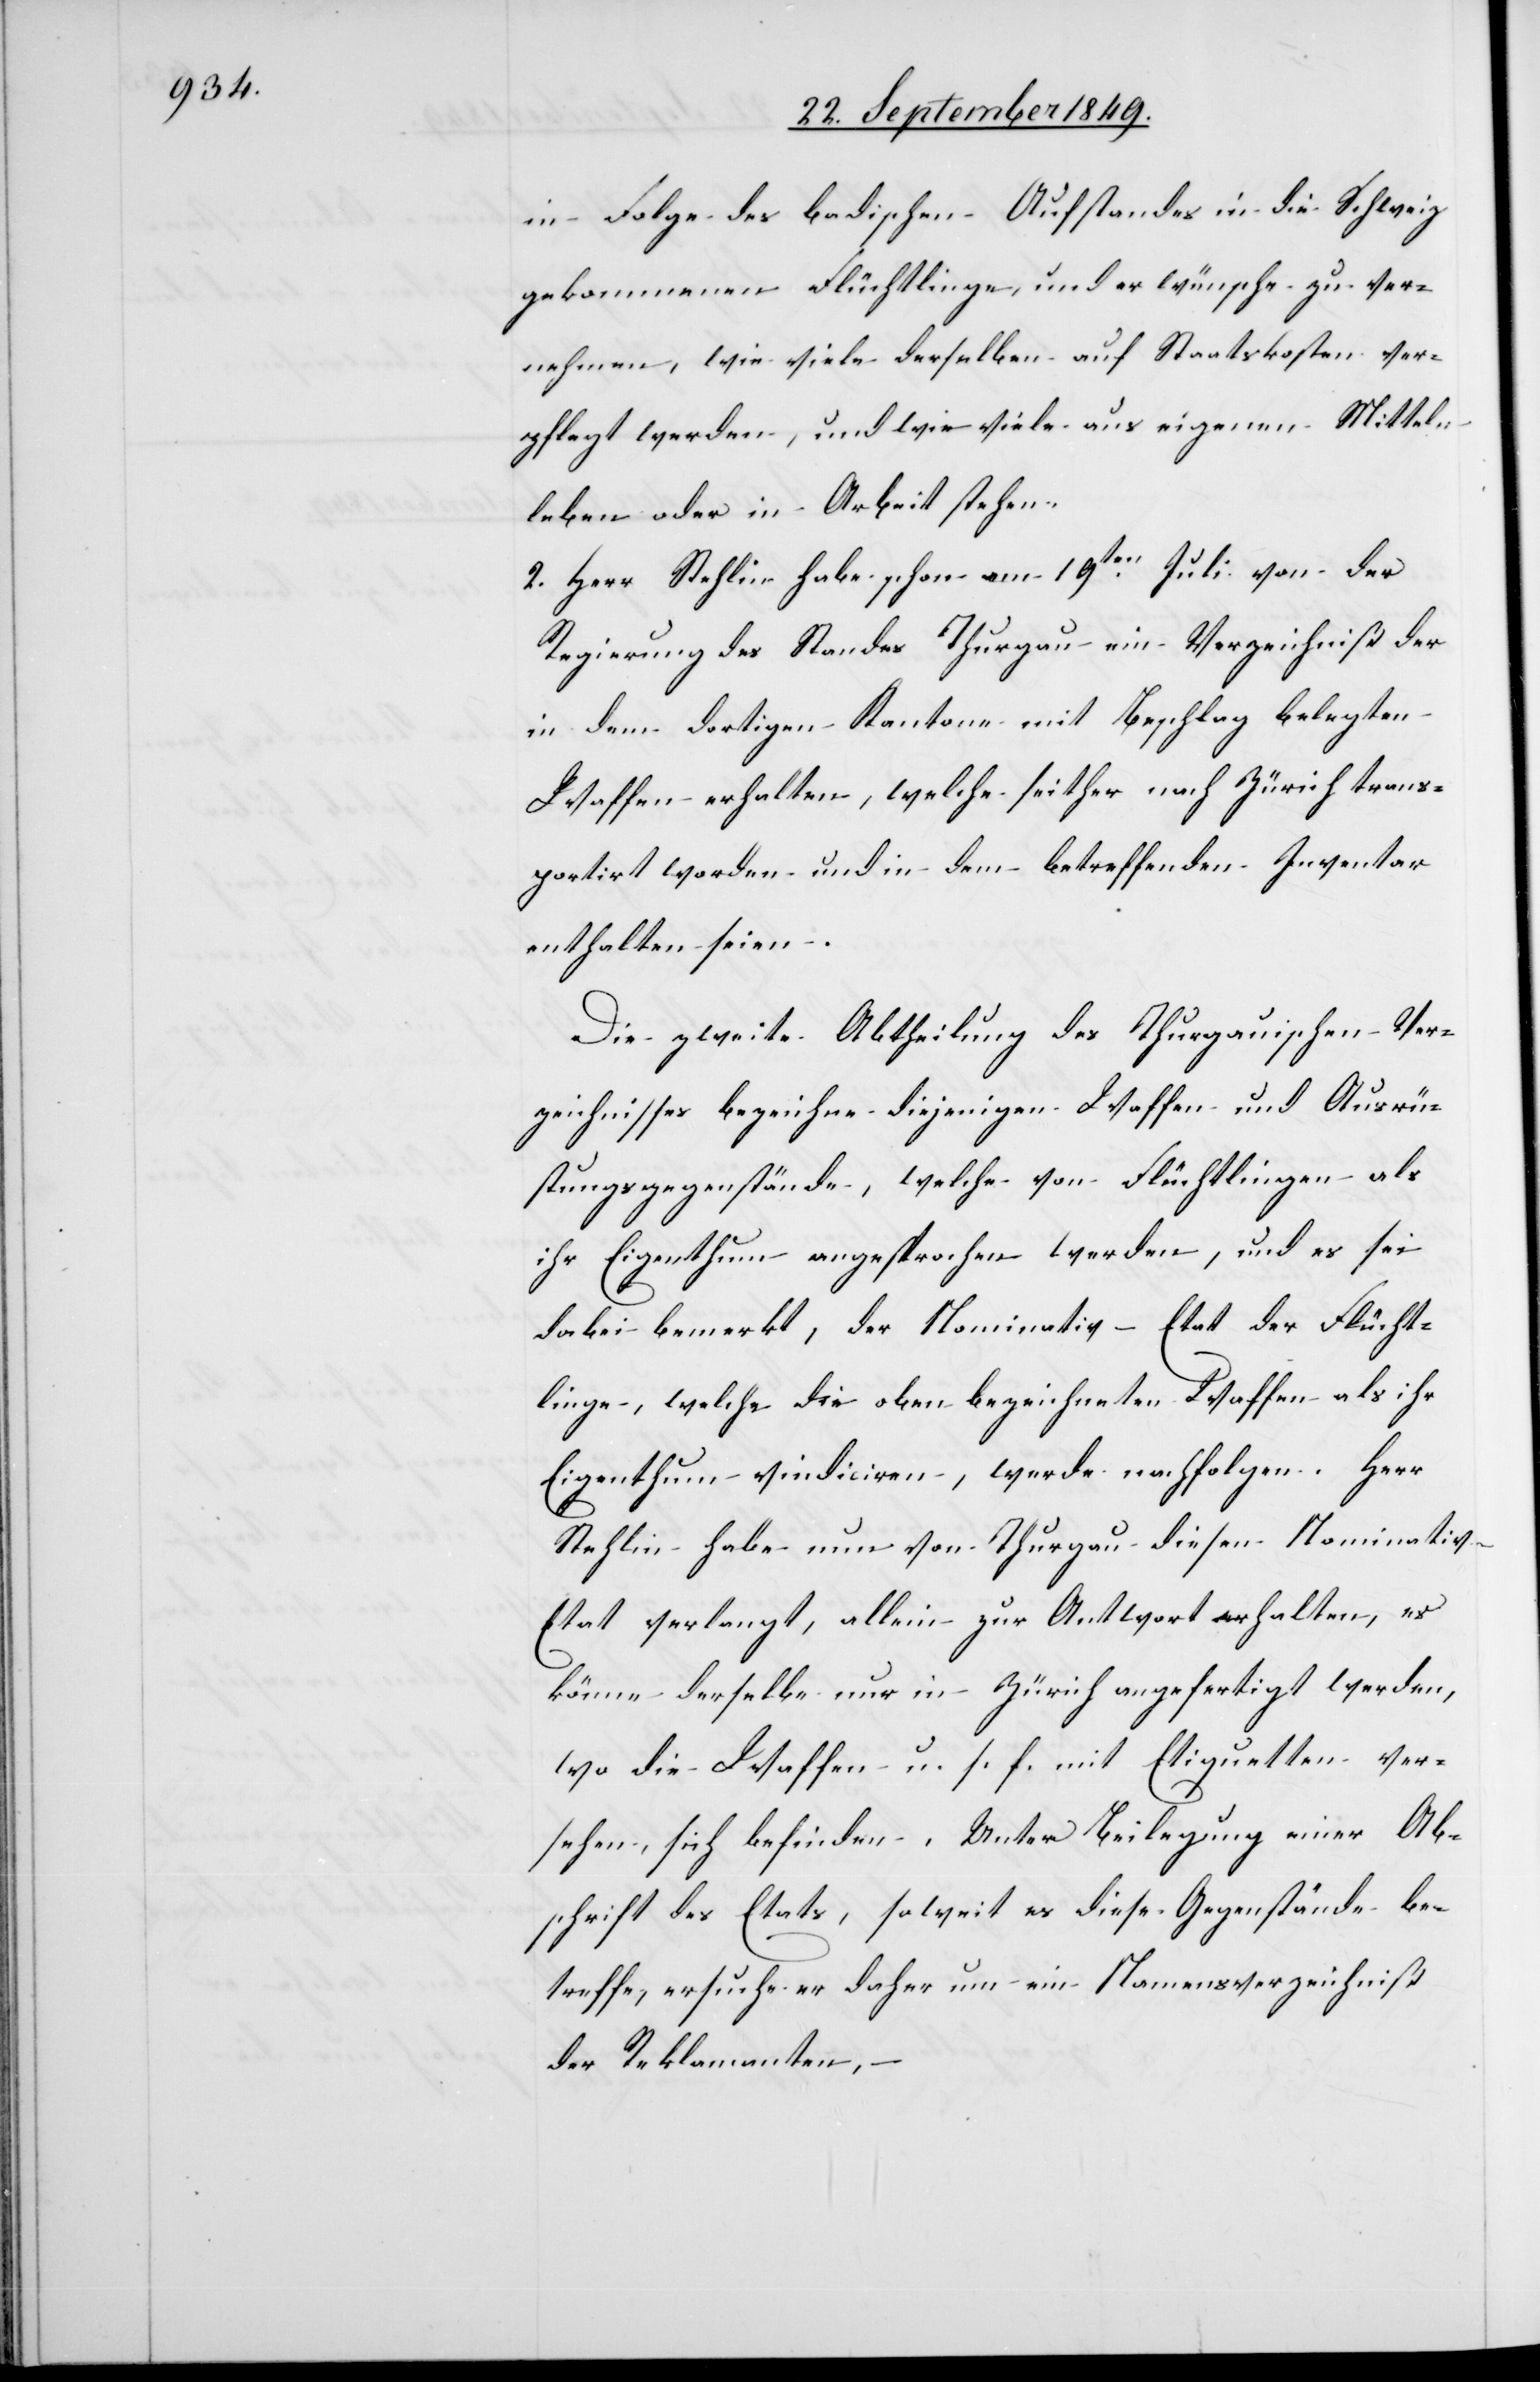
in Folge des badischen Aufstandes in die Schweiz
gekommenen Flüchtlinge und er wünsche zu ver¬
nehmen, wie viele derselben auf Staatskosten ver¬
pflegt werden, und wie viele aus eigenen Mitteln
leben oder in Arbeit stehen.
2. Herr Stehlin habe schon am 19ten Juli von der
Regierung des Standes Thurgau ein Verzeichniß der
in dem dortigen Kantone mit Beschlag belegten
Waffen erhalten, welche seither nach Zürich trans¬
portirt worden und in dem betreffenden Inventar
enthalten seien.
Die zweite Abtheilung des Thurgauischen Ver¬
zeichnisses bezeichne diejenigen Waffen und Ausrü¬
stungsgegenstände, welche von Flüchtlingen als
ihr Eigenthum angesprochen werden, und es sei
dabei bemerkt, der Nominativ-Etat der Flücht¬
linge, welche die oben bezeichneten Waffen als ihr
Eigenthum vindiciren, werde nachfolgen. Herr
Stehlin habe nun von Thurgau diesen Nominativ-E¬
tat verlangt, allein zur Antwort erhalten, es
könne derselbe nur in Zürich angefertigt werden,
wo die Waffen u. s. f. mit Etiquetten ver¬
sehen, sich befinden. Unter Beilegung einer Ab¬
schrift des Etats, soweit es diese Gegenstände be¬
treffe, ersuche er daher um ein Namensverzeichniß
der Reklamanten,